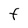
Character: F